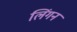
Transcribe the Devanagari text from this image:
लिंगन